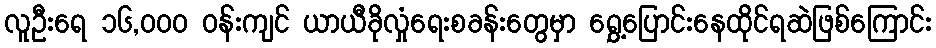
လူဦးရေ ၁၆,၀၀၀ ဝန်းကျင် ယာယီခိုလှုံရေးစခန်းတွေမှာ ရွှေ့ပြောင်းနေထိုင်ရဆဲဖြစ်ကြောင်း